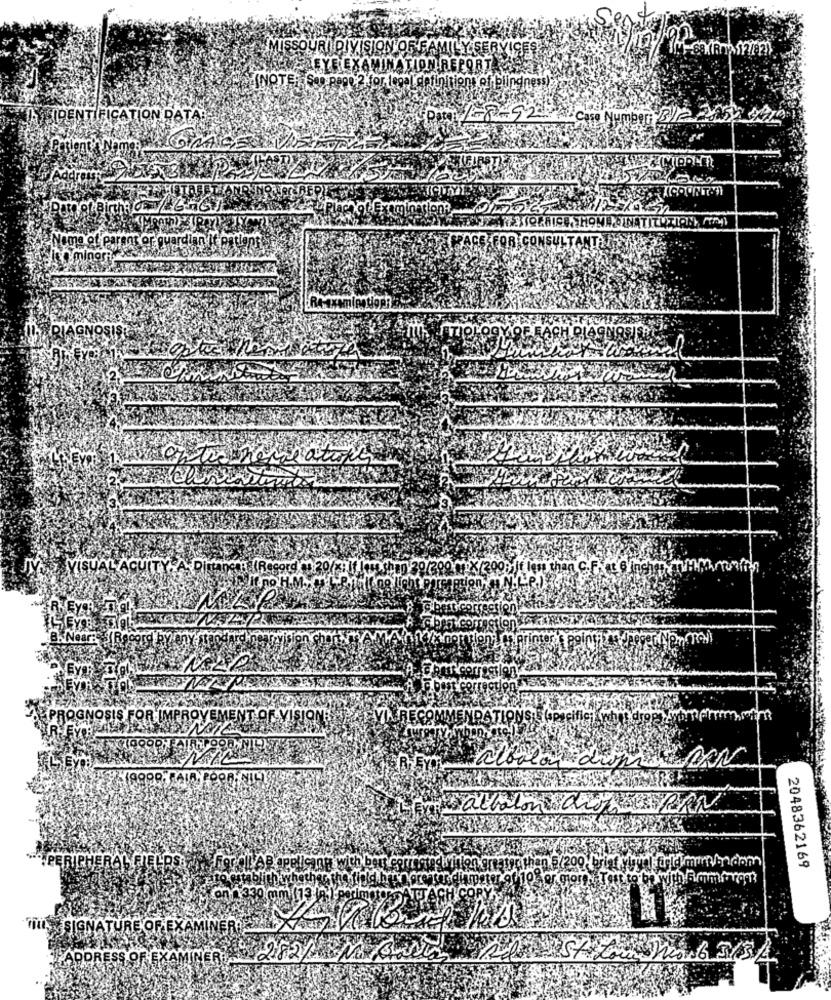
MISSOURI DIVISION OF FAMILY SERVICES
PAEYE EXAMINATION REPORTAS
OHAINOTE :, Son pego,2 for togal antinition of blindness)
SIDENTIFICATION DATA:
BIP 225
Pro/ -8-9 22 Case Numberi
Nome et egreat er avercian Kowyans
ICONS!
10 minori
DIAGNOSIS
antes here atune
VISUAL ACUITY A
OCH Regard 39is
2000
@ best correction
Forst correction
VA RECOMMENDATIONS SGPacifici
PROGNOSIS FOR IMPROVEMENT OF VISJON
albal
Faltalo QueERN
2048362169
Blich whether the
renter diamet
er giore
SIGNATURE OF EXAN
MER
ADDRESS OF EXAMINER : 2.82/ NO Bina
St Low Wios 6 3/3